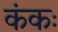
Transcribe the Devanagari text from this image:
कंकः